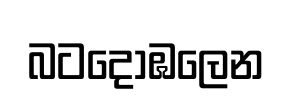
බටදොඹලෙන